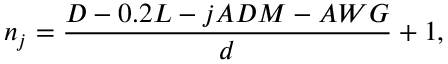
n _ { j } = \frac { D - 0 . 2 L - j A D M - A W G } { d } + 1 ,